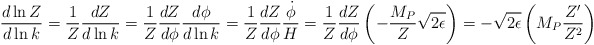
\begin{align*}\frac{d \ln Z}{d \ln k} = \frac{1}{Z} \frac{d Z}{d \ln k}= \frac{1}Z \frac{d Z}{d \phi} \frac{d \phi}{d \ln k}= \frac{1}Z \frac{d Z}{d \phi} \frac{\dot{\phi}}{H}= \frac{1}Z \frac{d Z}{d \phi} \left( - \frac{M_P}{Z} \sqrt{2 \epsilon} \right)= - \sqrt{2 \epsilon} \left( M_P \frac{Z^{\prime}}{Z^2} \right)\end{align*}